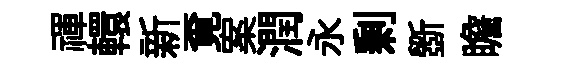
禈轘新覔案潤永剰斵瞻